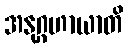
အနုဂ္ဂဟာယာတိ